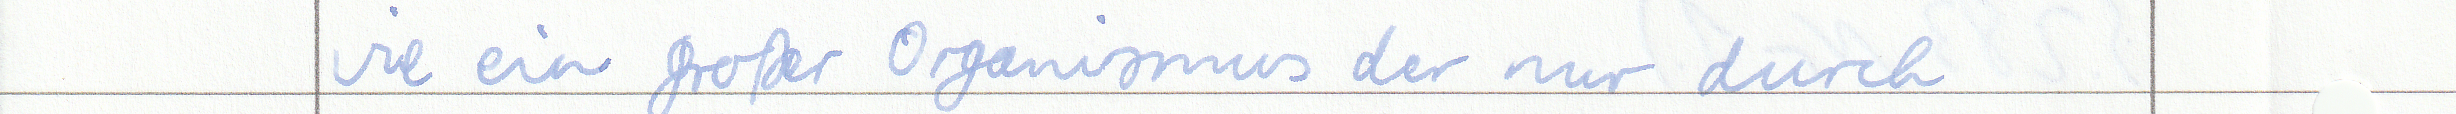
wie ein großer Organismus der nur durch